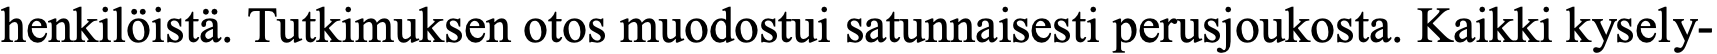
henkilöistä. Tutkimuksen otos muodostui satunnaisesti perusjoukosta. Kaikki kysely-